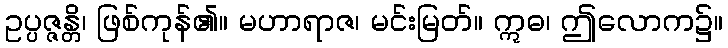
ဥပ္ပဇ္ဇန္တိ၊ ဖြစ်ကုန်၏။ မဟာရာဇ၊ မင်းမြတ်။ ဣဓ၊ ဤလောက၌။